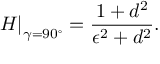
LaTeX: \left. H \right| _ { \gamma = 9 0 ^ { \circ } } = \frac { 1 + d ^ { 2 } } { \epsilon ^ { 2 } + d ^ { 2 } } .